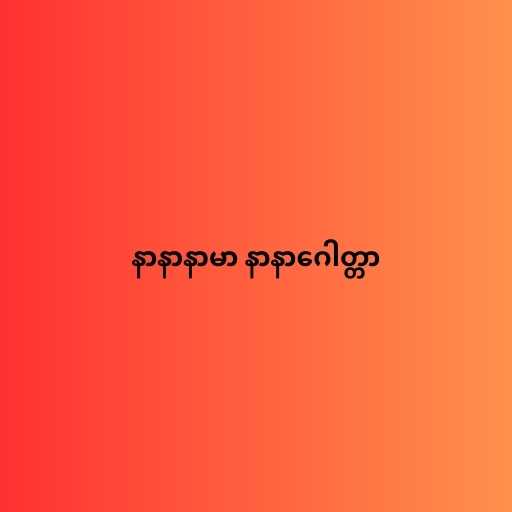
နာနာနာမာ နာနာဂေါတ္တာ